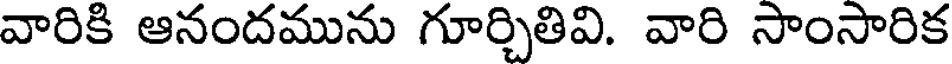
వారికి ఆనందమును గూర్చితివి. వారి సాంసారిక